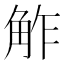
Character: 𧣝